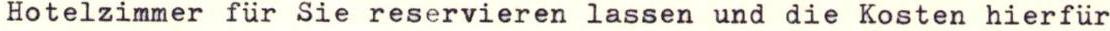
Hotelzimmer für Sie reservieren lassen und die Kosten hierfür